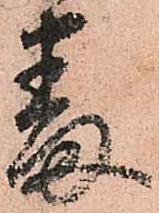
番